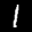
Label: 1